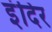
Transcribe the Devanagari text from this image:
इंदिर